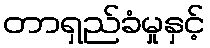
တာရှည်ခံမှုနှင့်